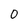
Character: 0